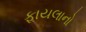
ફાયલાનો